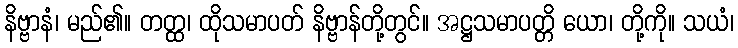
နိဗ္ဗာနံ၊ မည်၏။ တတ္ထ၊ ထိုသမာပတ် နိဗ္ဗာန်တို့တွင်။ အဋ္ဌသမာပတ္တိ ယော၊ တို့ကို။ သယံ၊